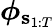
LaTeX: \boldsymbol{\phi}_{\mathbf{s}_{1:T}}